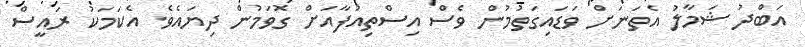
އަބްދު ޝަމާލު އެތަނަށް ވަޑައިގަތުމުން ވެސް އިސްތިއުފާއަށް ގޮވަމުން ދިޔައެވެ. އެކަމަކު ރައީސް